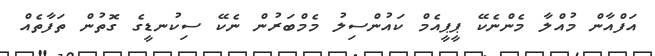
އަފްއާން މުއްލާ މެންނެކޭ ޕީޕީއެމް ކައުންސިލު މެމްބަރުން ނެކޭ ސިކުނޑީގެ ގޮތުން ތަފާތެއް